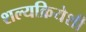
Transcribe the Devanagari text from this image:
शल्यक्रियेशी